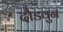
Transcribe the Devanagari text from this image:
दौडवुन